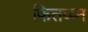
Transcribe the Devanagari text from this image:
फितव्य्न